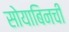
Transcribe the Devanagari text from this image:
सोयाबिनची